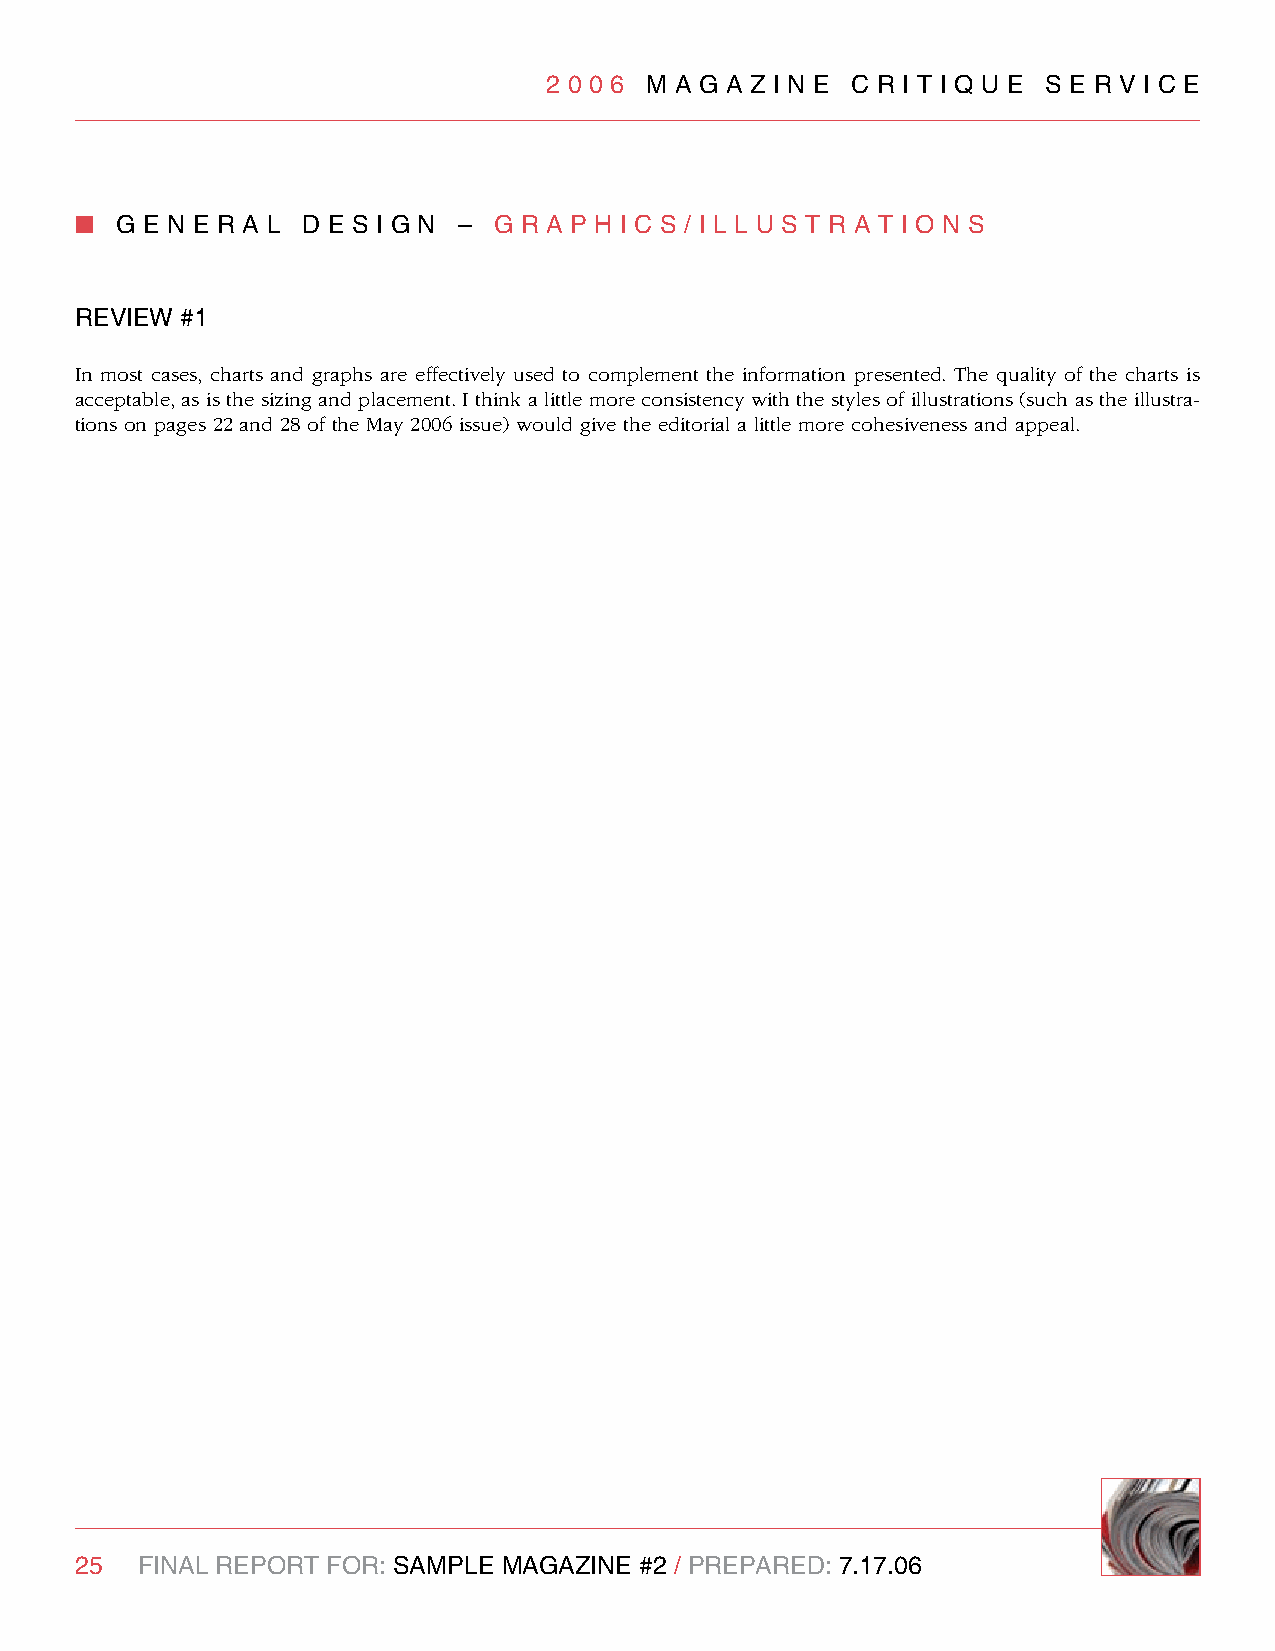
2 0 0 6 M A g A z I n e C R I T I q U e S e R v I C e
 n  g e n e R A l d e S I g n – g R A P H I C S / I l l U S T R A T I O n S
 RevIew #1
 In most cases, charts and graphs are effectively used to complement the information presented. The quality of the charts is
 acceptable, as is the sizing and placement. I think a little more consistency with the styles of illustrations (such as the illustra-
 tions on pages 22 and 28 of the May 2006 issue) would give the editorial a little more cohesiveness and appeal.
 25  FInAl RePORT FOR: SAMPle MAgAzIne #2 / PRePARed: 7.17.06